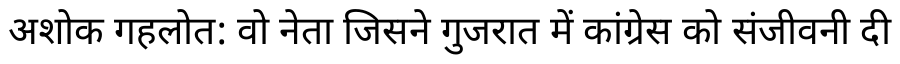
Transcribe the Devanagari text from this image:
अशोक गहलोत: वो नेता जिसने गुजरात में कांग्रेस को संजीवनी दी